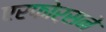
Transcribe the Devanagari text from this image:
एरफोर्सने